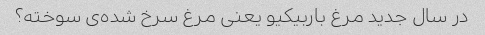
در سال جدید مرغ باربیکیو یعنی مرغ سرخ شده‌ی سوخته؟